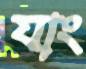
যাং